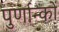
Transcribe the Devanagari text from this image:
पुर्णान्कों